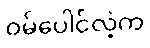
ဝမ်ပေါင်လဲ့က